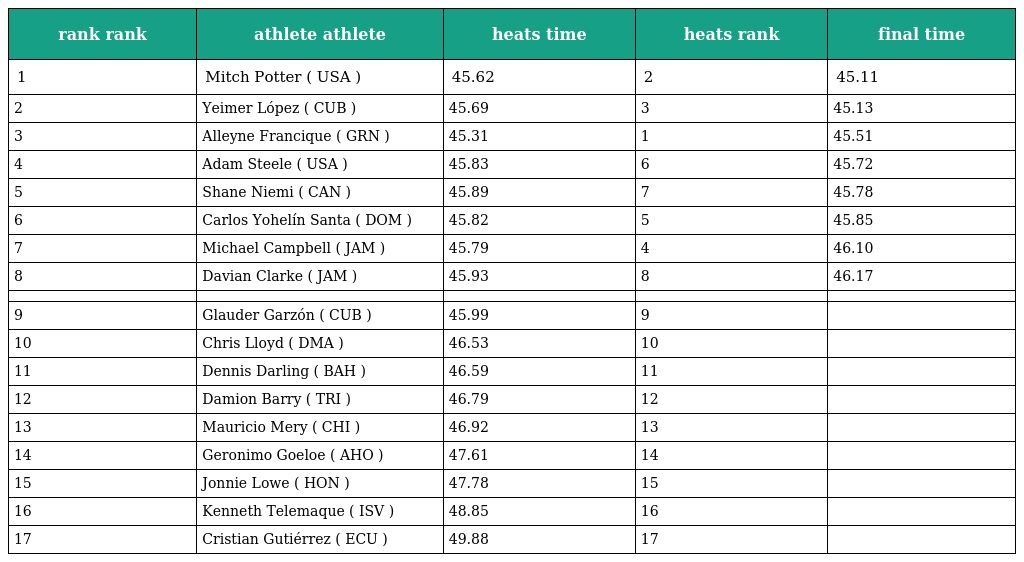
| rank rank | athlete athlete | heats time | heats rank | final time |
 | --- | --- | --- | --- | --- |
 | 1 | Mitch Potter ( USA ) | 45.62 | 2 | 45.11 |
 | 2 | Yeimer López ( CUB ) | 45.69 | 3 | 45.13 |
 | 3 | Alleyne Francique ( GRN ) | 45.31 | 1 | 45.51 |
 | 4 | Adam Steele ( USA ) | 45.83 | 6 | 45.72 |
 | 5 | Shane Niemi ( CAN ) | 45.89 | 7 | 45.78 |
 | 6 | Carlos Yohelín Santa ( DOM ) | 45.82 | 5 | 45.85 |
 | 7 | Michael Campbell ( JAM ) | 45.79 | 4 | 46.10 |
 | 8 | Davian Clarke ( JAM ) | 45.93 | 8 | 46.17 |
 |  |  |  |  |  |
 | 9 | Glauder Garzón ( CUB ) | 45.99 | 9 |  |
 | 10 | Chris Lloyd ( DMA ) | 46.53 | 10 |  |
 | 11 | Dennis Darling ( BAH ) | 46.59 | 11 |  |
 | 12 | Damion Barry ( TRI ) | 46.79 | 12 |  |
 | 13 | Mauricio Mery ( CHI ) | 46.92 | 13 |  |
 | 14 | Geronimo Goeloe ( AHO ) | 47.61 | 14 |  |
 | 15 | Jonnie Lowe ( HON ) | 47.78 | 15 |  |
 | 16 | Kenneth Telemaque ( ISV ) | 48.85 | 16 |  |
 | 17 | Cristian Gutiérrez ( ECU ) | 49.88 | 17 |  |